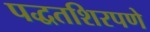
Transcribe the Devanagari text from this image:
पद्धतशिरपणे